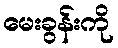
မေးခွန်းကို